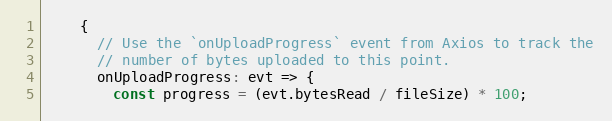
Language: JavaScript
    {
      // Use the `onUploadProgress` event from Axios to track the
      // number of bytes uploaded to this point.
      onUploadProgress: evt => {
        const progress = (evt.bytesRead / fileSize) * 100;